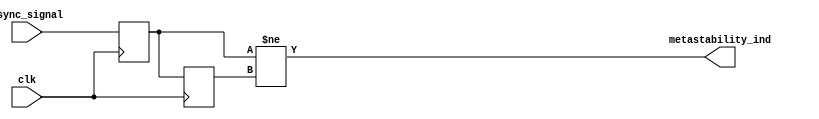
module metastability_detector (
    input wire clk,               // Clock signal
    input wire async_signal,      // Asynchronous input signal
    output wire metastability_ind  // Metastability indicator output
);

    // Internal signals for the outputs of the flip-flops
    reg ff1_out, ff2_out;
    
    // First flip-flop to sample the asynchronous signal
    always @(posedge clk) begin
        ff1_out <= async_signal;
    end

    // Second flip-flop to sample the output of the first flip-flop
    always @(posedge clk) begin
        ff2_out <= ff1_out;
    end

    // Metastability detection logic
    // If the outputs of the two flip-flops are different, it indicates a potential metastable condition
    assign metastability_ind = (ff1_out != ff2_out);

endmodule